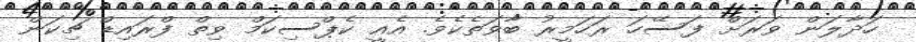
ހަދާލަން ވަރަށް ފަސޭހަ ރަހަމީރު ބާވަތެެކެވެ. އެއީ ކެޕްސިކަމް ވިތް ފްރައިޑް ޗިކަން